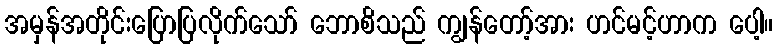
အမှန်အတိုင်းပြောပြလိုက်သော် ဘောစိသည် ကျွန်တော့်အား ဟင်မင့်ဟာက ပေါ့။